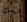
ليست